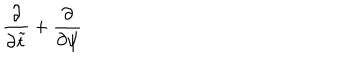
LaTeX: { \frac { \partial } { \partial \tilde { t } } } + { \frac { \partial } { \partial \psi } }